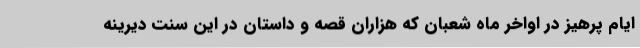
ایام پرهیز در اواخر ماه شعبان که هزاران قصه و داستان در این سنت دیرینه